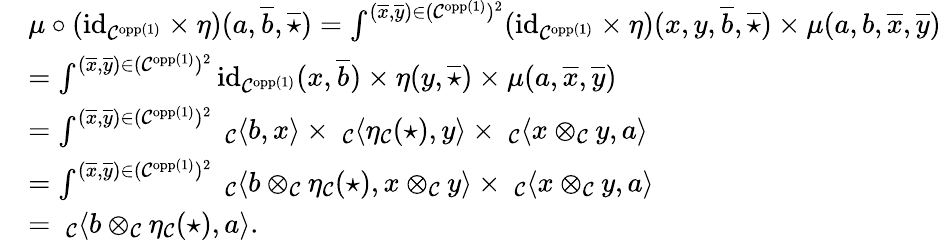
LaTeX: \begin{array}{rl}&{\mu\circ(\textnormal{id}_{\mathcal{C}^{\textnormal{opp}(1)}}\times\eta)(a,\overline{{b}},\overline{{\star}})=\int^{(\overline{{x}},\overline{{y}})\in(\mathcal{C}^{\textnormal{opp}(1)})^{2}}(\textnormal{id}_{\mathcal{C}^{\textnormal{opp}(1)}}\times\eta)(x,y,\overline{{b}},\overline{{\star}})\times\mu(a,b,\overline{{x}},\overline{{y}})}\\ &{=\int^{(\overline{{x}},\overline{{y}})\in(\mathcal{C}^{\textnormal{opp}(1)})^{2}}\textnormal{id}_{\mathcal{C}^{\textnormal{opp}(1)}}(x,\overline{{b}})\times\eta(y,\overline{{\star}})\times\mu(a,\overline{{x}},\overline{{y}})}\\ &{=\int^{(\overline{{x}},\overline{{y}})\in(\mathcal{C}^{\textnormal{opp}(1)})^{2}}\ _{\mathcal{C}}\langle b,x\rangle\times\ _{\mathcal{C}}\langle\eta_{\mathcal{C}}(\star),y\rangle\times\ _{\mathcal{C}}\langle x\otimes_{\mathcal{C}}y,a\rangle}\\ &{=\int^{(\overline{{x}},\overline{{y}})\in(\mathcal{C}^{\textnormal{opp}(1)})^{2}}\ _{\mathcal{C}}\langle b\otimes_{\mathcal{C}}\eta_{\mathcal{C}}(\star),x\otimes_{\mathcal{C}}y\rangle\times\ _{\mathcal{C}}\langle x\otimes_{\mathcal{C}}y,a\rangle}\\ &{=\ _{\mathcal{C}}\langle b\otimes_{\mathcal{C}}\eta_{\mathcal{C}}(\star),a\rangle.}\end{array}